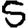
Digit: 5